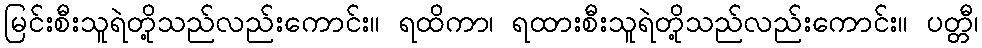
မြင်းစီးသူရဲတို့သည်လည်းကောင်း။ ရထိကာ၊ ရထားစီးသူရဲတို့သည်လည်းကောင်း။ ပတ္တီ၊